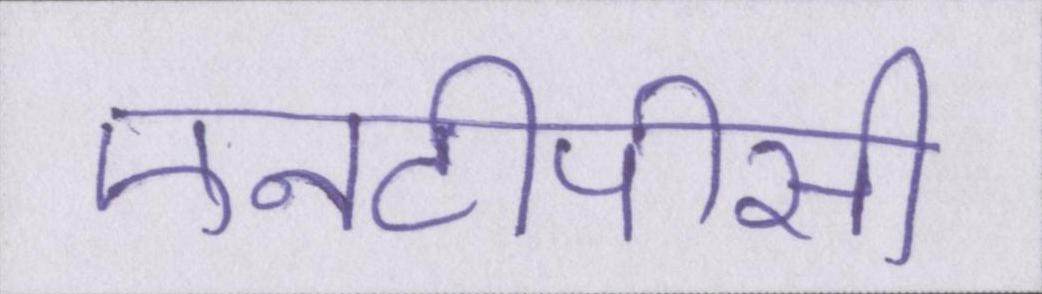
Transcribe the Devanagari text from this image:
एनटीपीसी